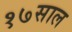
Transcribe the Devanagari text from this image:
१७साल